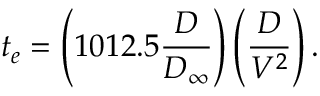
t _ { e } = \left( 1 0 1 2 . 5 \frac { D } { D _ { \infty } } \right) \left( \frac { D } { V ^ { 2 } } \right) .